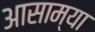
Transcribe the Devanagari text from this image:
आसाम्या